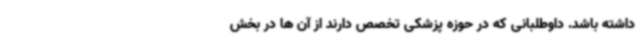
داشته باشد. داوطلبانی که در حوزه پزشکی تخصص دارند از آن ها در بخش